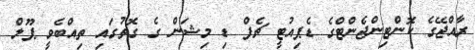
ރާއްޖޭގެ ކޮންޓިންޖެންޓްގެ ޑެޕިއުޓީ ޗެފް ޑި މިޝަން ގެ ގޮތުގައި ތިއްބެވީ ޕޫލް